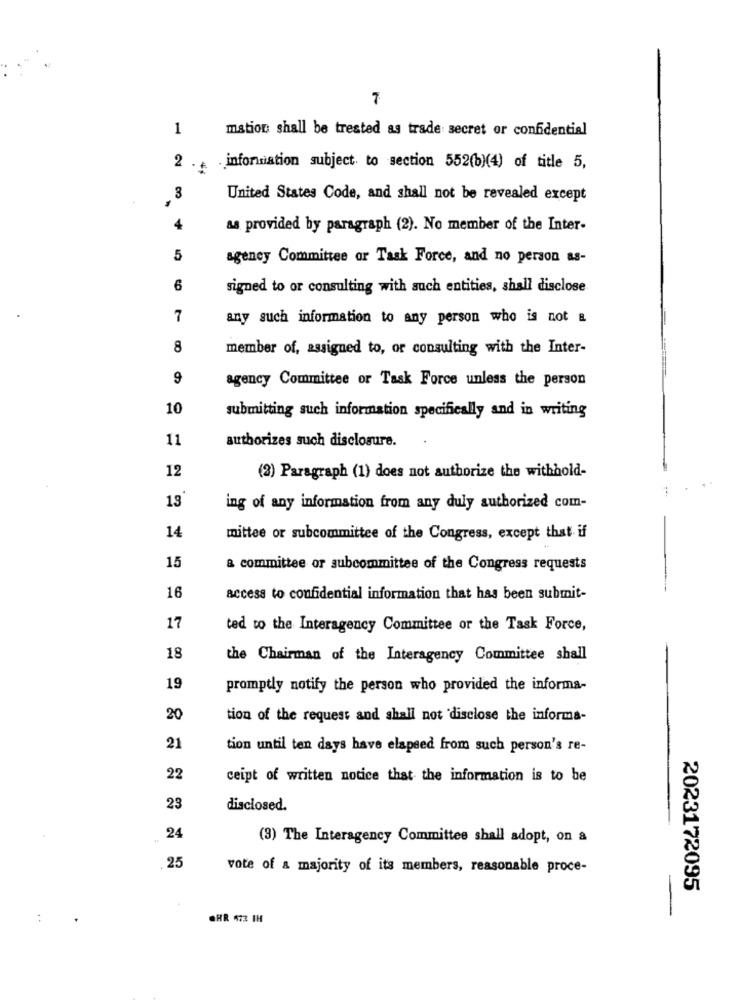
1
mation shall be treated as trade secret or confidential
2 .+
. information subject to section 552(b)(4) of title 5,
3
United States Code, and shall not be revealed except
4
as provided by paragraph (2). No member of the Inter-
5
agency Committee or Task Force, and no person as-
6
signed to or consulting with such entities, shall disclose
7
any such information to any person who is not a
8
member of, assigned to, or consulting with the Inter-
9
agency Committee or Task Force unless the person
10
submitting such information specifically and in writing
11
authorizes such disclosure.
12
(2) Paragraph (1) does not authorize the withhold-
13
ing of any information from any duly authorized com-
14
mittee or subcommittee of the Congress, except that if
15
a committee or subcommittee of the Congress requests
16
access to confidential information that has been submit-
17
ted to the Interagency Committee or the Task Force,
18
the Chairman of the Interagency Committee shall
19
promptly notify the person who provided the informa-
20
tion of the request and shall not disclose the informa-
21
tion until ten days have elapsed from such person's re-
22
ceipt of written notice that the information is to be
23
disclosed.
24
(3) The Interagency Committee shall adopt, on a
.25
vote of a majority of its members, reasonable proce-
2023172095
: